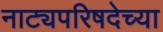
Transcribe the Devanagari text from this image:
नाट्यपरिषदेच्या